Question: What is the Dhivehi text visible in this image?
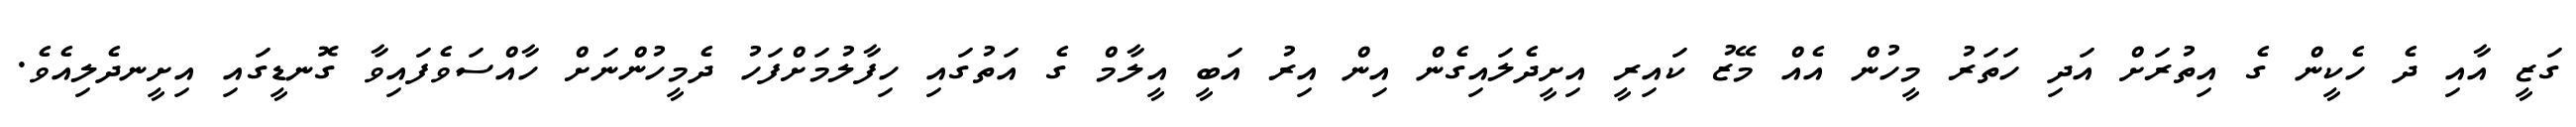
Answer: ގަޒީ އާއި ދެ ހެކީން ގެ އިތުރަށް އަދި ހަތަރު މީހުން އެއް މޭޒު ކައިރީ އިށީދެލައިގެން އިން އިރު އަބީ އީލާމް ގެ އަތުގައި ހިފާލުމަށްފަހު ދެމީހުންނަށް ހާއްސަވެފައިވާ ގޮނޑީގައި އިށީނދެލިއެވެ.